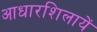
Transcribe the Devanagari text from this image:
आधारशिलायें